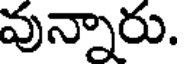
వున్నారు.